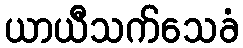
ယာယီသက်သေခံ